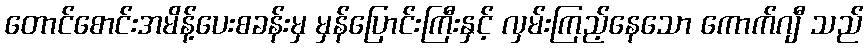
တောင်စောင်းအမိန့်ပေးစခန်းမှ မှန်ပြောင်းကြီးနှင့် လှမ်းကြည့်နေသော ကောက်ဂျီ သည်